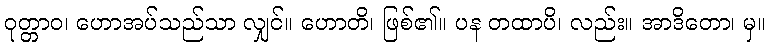
ဝုတ္တာဝ၊ ဟောအပ်သည်သာ လျှင်။ ဟောတိ၊ ဖြစ်၏။ ပန တထာပိ၊ လည်း။ အာဒိတော၊ မှ။